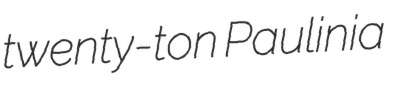
twenty-ton Paulinia